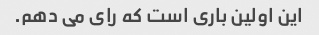
این اولین باری است که رای می دهم.